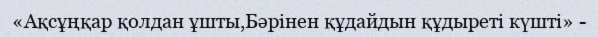
«Ақсұңқар қолдан ұшты,Бәрінен құдайдын құдыреті күшті» -